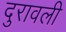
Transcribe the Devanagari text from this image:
दुरावली